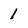
Character: 1